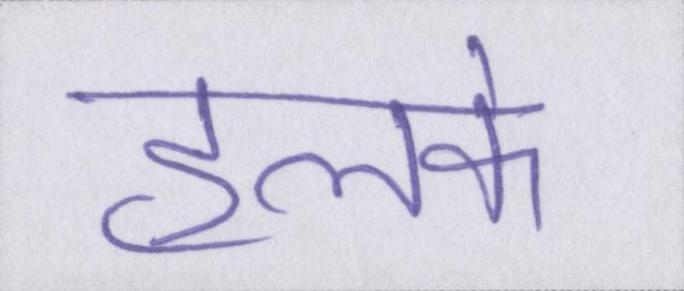
हलके